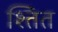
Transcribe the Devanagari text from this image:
श्तित